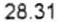
28.31